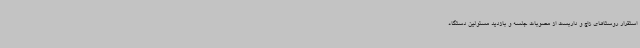
استقرار روستاهای زاچ و داربست از مصوبات جلسه و بازدید مسئولین دستگاه